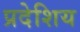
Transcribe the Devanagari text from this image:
प्रदेशिय